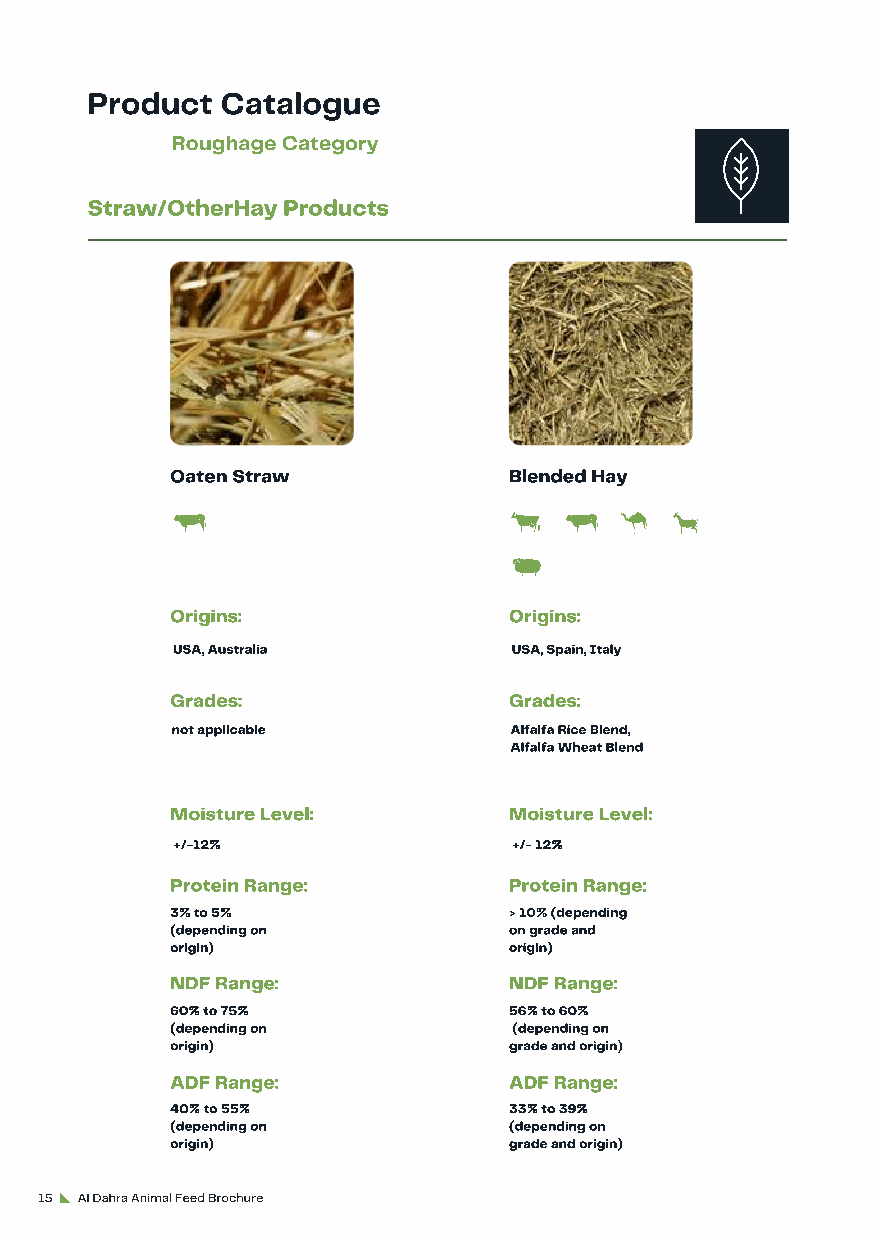
Product  Catalogue
 Roughage Category
 Straw/OtherHay Products
 Oaten Straw            Blended Hay
 Origins:               Origins:
 USA, Australia         USA, Spain, Italy
 Grades:                Grades:
 not applicable         Alfalfa Rice Blend,
 Alfalfa Wheat Blend
 Moisture Level:        Moisture Level:
 +/-12%                 +/- 12%
 Protein Range:         Protein Range:
 3% to 5%               > 10% (depending
 (depending on          on grade and
 origin)                origin)
 NDF Range:             NDF Range:
 60% to 75%             56% to 60%
 (depending on          (depending on
 origin)                grade and origin)
 ADF Range:             ADF Range:
 40% to 55%             33% to 39%
 (depending on          (depending on
 origin)                grade and origin)
 15 Al Dahra Animal Feed Brochure